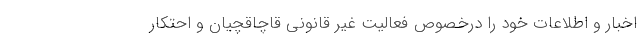
اخبار و اطلاعات خود را درخصوص فعالیت غیر قانونی قاچاقچیان و احتکار